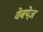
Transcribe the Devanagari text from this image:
वेबपेज़